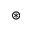
\circledast